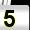
Digit: 5